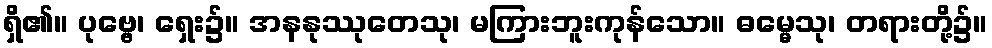
ရှိ၏။ ပုဗ္ဗေ၊ ရှေး၌။ အနနုဿုတေသု၊ မကြားဘူးကုန်သော။ ဓမ္မေသု၊ တရားတို့၌။